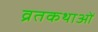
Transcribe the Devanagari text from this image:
व्रतकथाओं